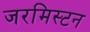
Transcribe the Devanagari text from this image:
जरमिस्टन